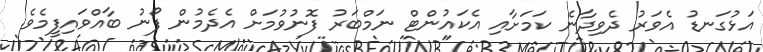
އަޅުގަނޑު އެވަރު ދެވިދާނެ ކަމަށާއި އެކައުންޓް ނަމްބަރު ފޮނުވުމަށް އެދެމުން ފޯނު ބާއްވައިފީމެވެ.